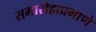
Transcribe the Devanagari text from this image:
समारोहाप्रमाणे